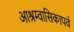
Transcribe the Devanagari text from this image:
आश्रम्वासिकापर्व